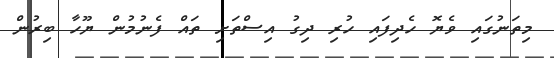
މިތަނުގައި ވެޔޮ ހެދިފައި ހުރި ދިގު އިސްތަށި ތައް ފެނުމުން ޔޫހާ ބިރުން